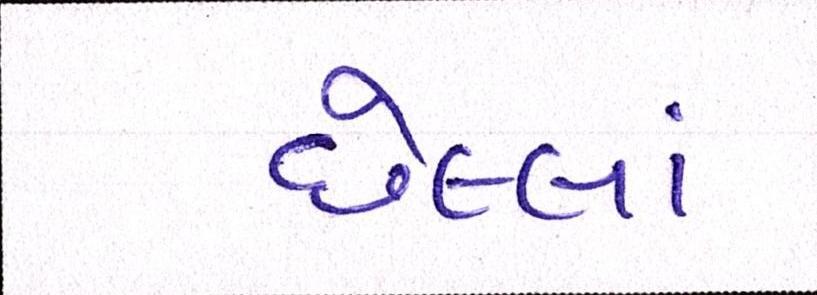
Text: છેલ્લાં